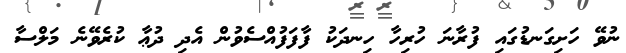
ނުވޭ ހަށިގަނޑުގައި ފުރާނަ ހުރިހާ ހިނދަކު ފާފަފުއްސެވުން އެދި ދުޢާ ކުރެވޭނެ މަލްސާ